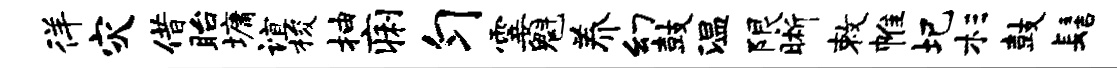
徉灾借眙墉谊梭抽痢匀霎魁养幻鼓温限晰敕帷圯杉鼓髻